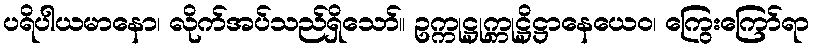
ပရိပါယမာနော၊ လိုက်အပ်သည်ရှိသော်။ ဥက္ကုဋ္ဌုက္ကုဋ္ဌိဋ္ဌာနေယေဝ၊ ကြွေးကြော်ရာ